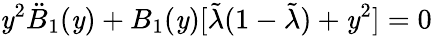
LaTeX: \mathit{y}^{2}\ddot{{B}}_{1}(\mathit{y})+B_{1}(\mathit{y})[\tilde{{\lambda}}(1-\tilde{{\lambda}})+\mathit{y}^{2}]=0